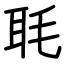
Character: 毦